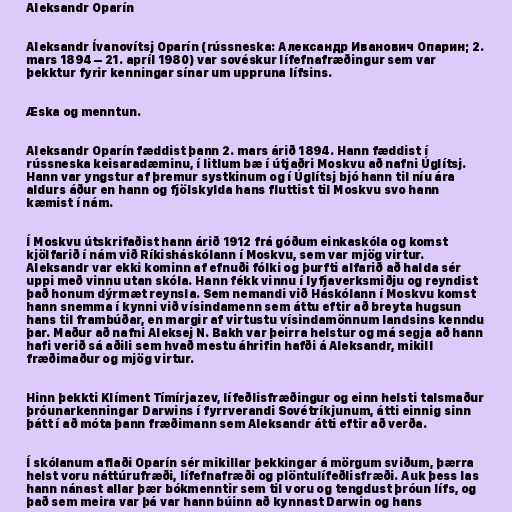
Aleksandr Oparín

Aleksandr Ívanovítsj Oparín (rússneska: Александр Иванович Опарин; 2.
mars 1894 – 21. apríl 1980) var sovéskur lífefnafræðingur sem var
þekktur fyrir kenningar sínar um uppruna lífsins.

Æska og menntun.

Aleksandr Oparín fæddist þann 2. mars árið 1894. Hann fæddist í
rússneska keisaradæminu, í litlum bæ í útjaðri Moskvu að nafni Úglítsj.
Hann var yngstur af þremur systkinum og í Úglítsj bjó hann til níu ára
aldurs áður en hann og fjölskylda hans fluttist til Moskvu svo hann
kæmist í nám.

Í Moskvu útskrifaðist hann árið 1912 frá góðum einkaskóla og komst
kjölfarið í nám við Ríkisháskólann í Moskvu, sem var mjög virtur.
Aleksandr var ekki kominn af efnuði fólki og þurfti alfarið að halda sér
uppi með vinnu utan skóla. Hann fékk vinnu í lyfjaverksmiðju og reyndist
það honum dýrmæt reynsla. Sem nemandi við Háskólann í Moskvu komst
hann snemma í kynni við vísindamenn sem áttu eftir að breyta hugsun
hans til frambúðar, en margir af virtustu vísindamönnum landsins kenndu
þar. Maður að nafni Aleksej N. Bakh var þeirra helstur og má segja að hann
hafi verið sá aðili sem hvað mestu áhrifin hafði á Aleksandr, mikill
fræðimaður og mjög virtur.

Hinn þekkti Klíment Tímírjazev, lífeðlisfræðingur og einn helsti talsmaður
þróunarkenningar Darwins í fyrrverandi Sovétríkjunum, átti einnig sinn
þátt í að móta þann fræðimann sem Aleksandr átti eftir að verða.

Í skólanum aflaði Oparín sér mikillar þekkingar á mörgum sviðum, þærra
helst voru náttúrufræði, lífefnafræði og plöntulífeðlisfræði. Auk þess las
hann nánast allar þær bókmenntir sem til voru og tengdust þróun lífs, og
það sem meira var þá var hann búinn að kynnast Darwin og hans